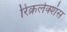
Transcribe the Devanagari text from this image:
रिक्रलेक्शंस